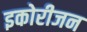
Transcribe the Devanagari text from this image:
इकोरीजन